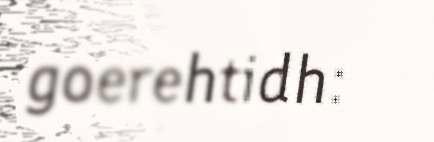
goerehtidh: